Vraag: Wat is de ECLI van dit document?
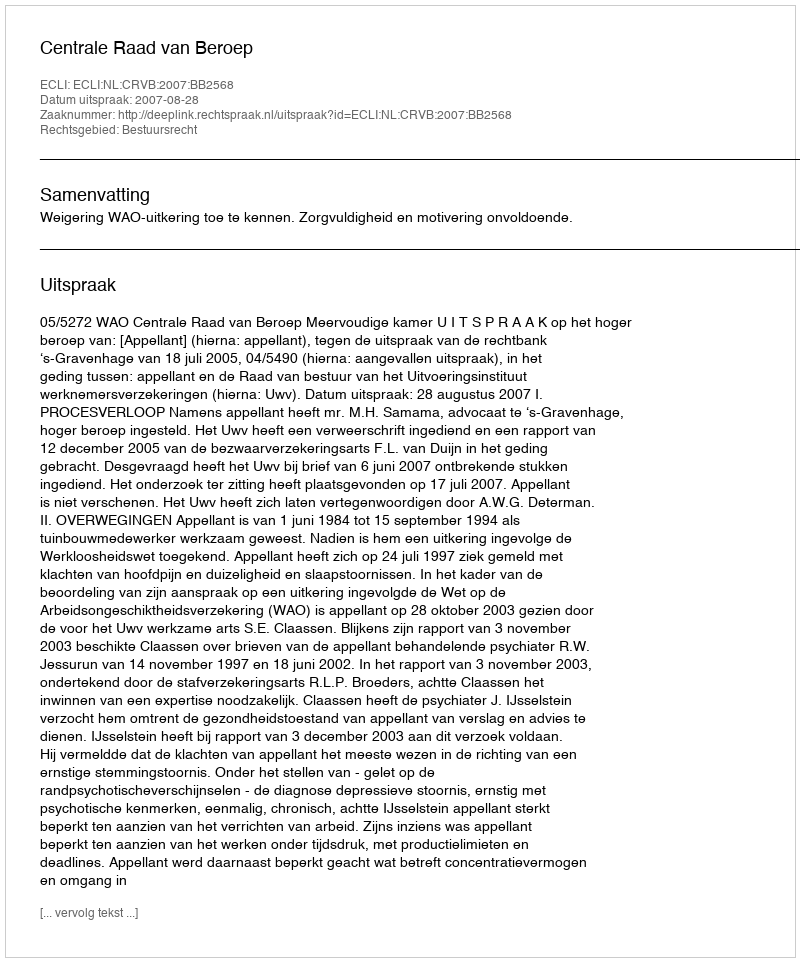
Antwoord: ECLI:NL:CRVB:2007:BB2568